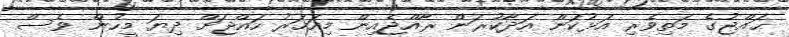
ޙައްޖުގެ މަތިވެރި އަޅުކަން އަދާކުރަން ރާއްޖެއިން މިއަހަރު ހައްޖަށް ދިޔަ މީހުން ވެސް